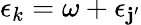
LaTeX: \epsilon_{k}=\omega+\epsilon_{\mathbf{j}^{\prime}}